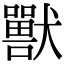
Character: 獸